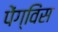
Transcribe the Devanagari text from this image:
पेंग्विंस